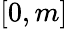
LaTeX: [0,m]